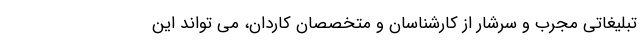
تبلیغاتی مجرب و سرشار از کارشناسان و متخصصان کاردان، می تواند این